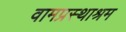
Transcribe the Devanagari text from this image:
वामप्रस्थाश्रम